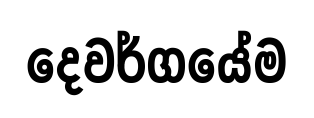
දෙවර්ගයේම